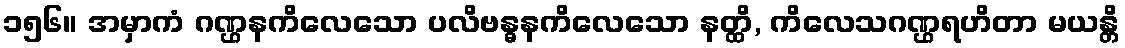
၁၅၆။ အမှာကံ ဂဏ္ဌနကိလေသော ပလိဗန္ဓနကိလေသော နတ္ထိ, ကိလေသဂဏ္ဌရဟိတာ မယန္တိ